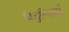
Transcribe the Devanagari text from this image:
विलुप्पिल्लाई